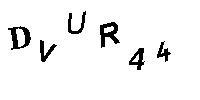
DVUR44